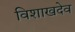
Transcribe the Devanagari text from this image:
विशाखदेव